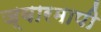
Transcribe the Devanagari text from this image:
ज्वारमापी